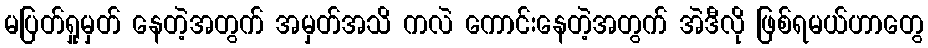
မပြတ်ရှုမှတ် နေတဲ့အတွက် အမှတ်အသိ ကလဲ ကောင်းနေတဲ့အတွက် အဲဒီလို ဖြစ်ရမယ်ဟာတွေ